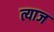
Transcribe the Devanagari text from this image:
त्याज